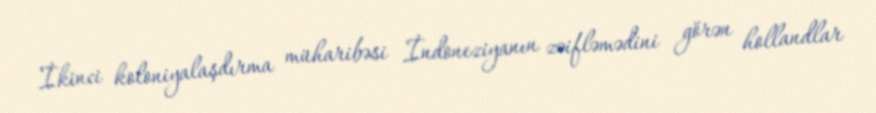
İkinci koloniyalaşdırma müharibəsi İndoneziyanın zəifləmədini görən hollandlar